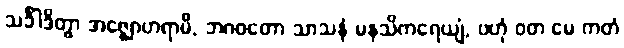
သင်္ခါဒိတွာ အဇ္ဈောဟရာမိ, ဘဂဝတော သာသနံ မနသိကရေယျံ, ဗဟုံ ဝတ မေ ကတံ